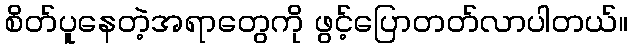
စိတ်ပူနေတဲ့အရာတွေကို ဖွင့်ပြောတတ်လာပါတယ်။